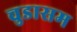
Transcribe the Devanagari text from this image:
चुडासम